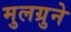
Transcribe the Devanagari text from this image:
मुलग्रुने